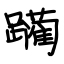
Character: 躏